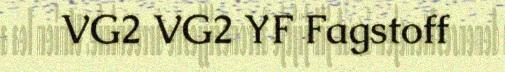
VG2 VG2 YF Fagstoff